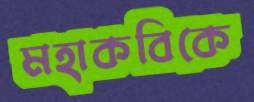
মহাকবিকে